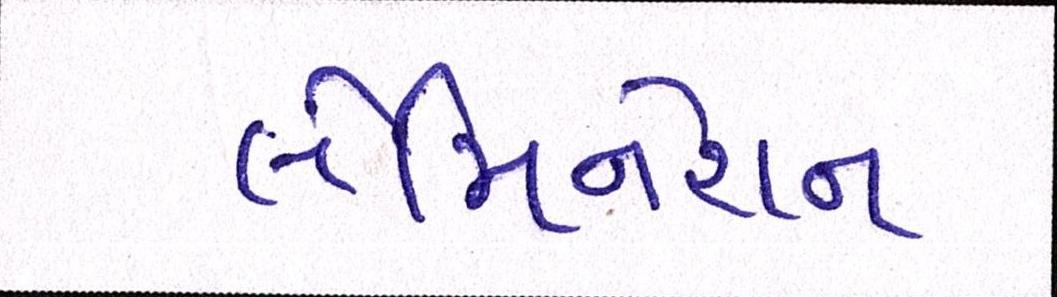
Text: લેમિનેશન